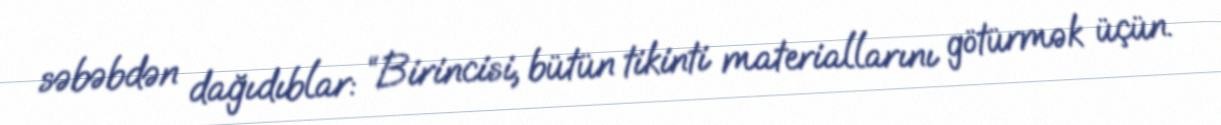
səbəbdən dağıdıblar: “Birincisi, bütün tikinti materiallarını götürmək üçün.